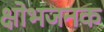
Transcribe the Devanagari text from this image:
क्षोभजनक